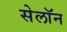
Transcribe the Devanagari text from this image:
सेलॉन